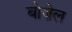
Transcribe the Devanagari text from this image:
बोज़ेल